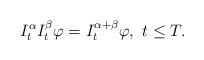
LaTeX: \begin{align*} I^{\alpha}_tI^{\beta}_t \varphi=I^{\alpha+\beta}_t \varphi, \,\, t\leq T.\end{align*}